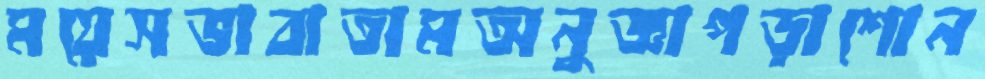
ময়েসভাবাতামঅনুজ্ঞাপড়াশোন